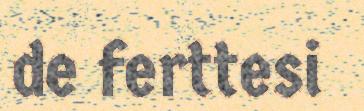
de ferttesi